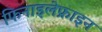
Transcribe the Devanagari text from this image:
फिनाइलेफ्राइन